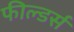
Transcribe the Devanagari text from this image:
फील्डर्स